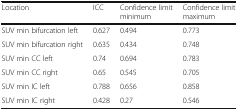
| Location | ICC | Confidence limit minimum | Confidence limit maximum |
 | --- | --- | --- | --- |
 | SUV min bifurcation left | 0.627 | 0.494 | 0.773 |
 | SUV min bifurcation right | 0.635 | 0.434 | 0.748 |
 | SUV min CC left | 0.74 | 0.694 | 0.783 |
 | SUV min CC right | 0.65 | 0.545 | 0.705 |
 | SUV min IC left | 0.788 | 0.656 | 0.858 |
 | SUV min IC right | 0.428 | 0.27 | 0.546 |